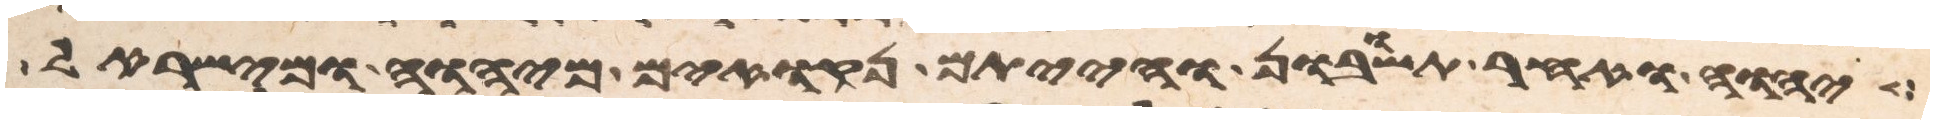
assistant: יהוה ואחר תשובון והייתם נקואים מיהוה ומישראל